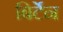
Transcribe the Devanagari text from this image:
बिर्टेन